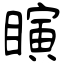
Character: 瞚